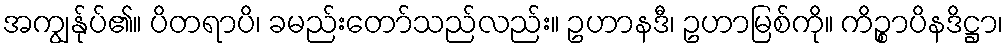
အကျွန်ုပ်၏။ ပိတရာပိ၊ ခမည်းတော်သည်လည်း။ ဥဟာနဒီ၊ ဥဟာမြစ်ကို။ ကိဉ္စာပိနဒိဋ္ဌာ၊